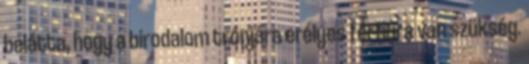
belátta, hogy a birodalom trónjára erélyes férfiúra van szükség.